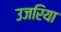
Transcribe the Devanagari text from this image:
उजरिया